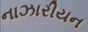
નાઝારીયન